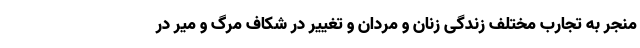
منجر به تجارب مختلف زندگی زنان و مردان و تغییر در شکاف مرگ و میر در